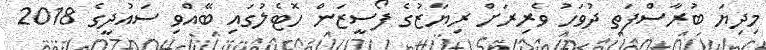
މިދިޔަ ބުރާސްފަތި ދުވަހު ވެރިރަށް ރިޔާޒުގެ ފޯސީޒަން ހޮޓެލުގައި ބޭއްވި ސައުދީގެ 2018